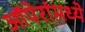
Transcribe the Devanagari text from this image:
ऑपेरांमध्ये